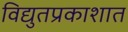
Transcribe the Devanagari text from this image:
विद्युतप्रकाशात